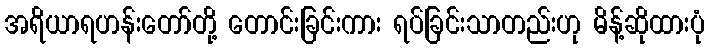
အရိယာရဟန်းတော်တို့ တောင်းခြင်းကား ရပ်ခြင်းသာတည်းဟု မိန့်ဆိုထားပုံ